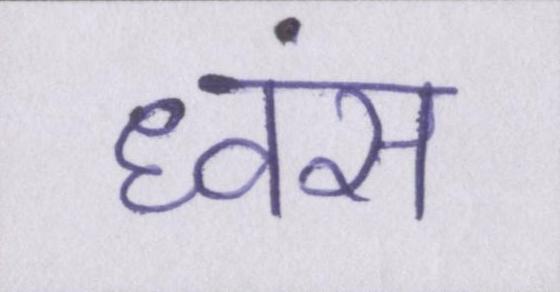
ध्वंस